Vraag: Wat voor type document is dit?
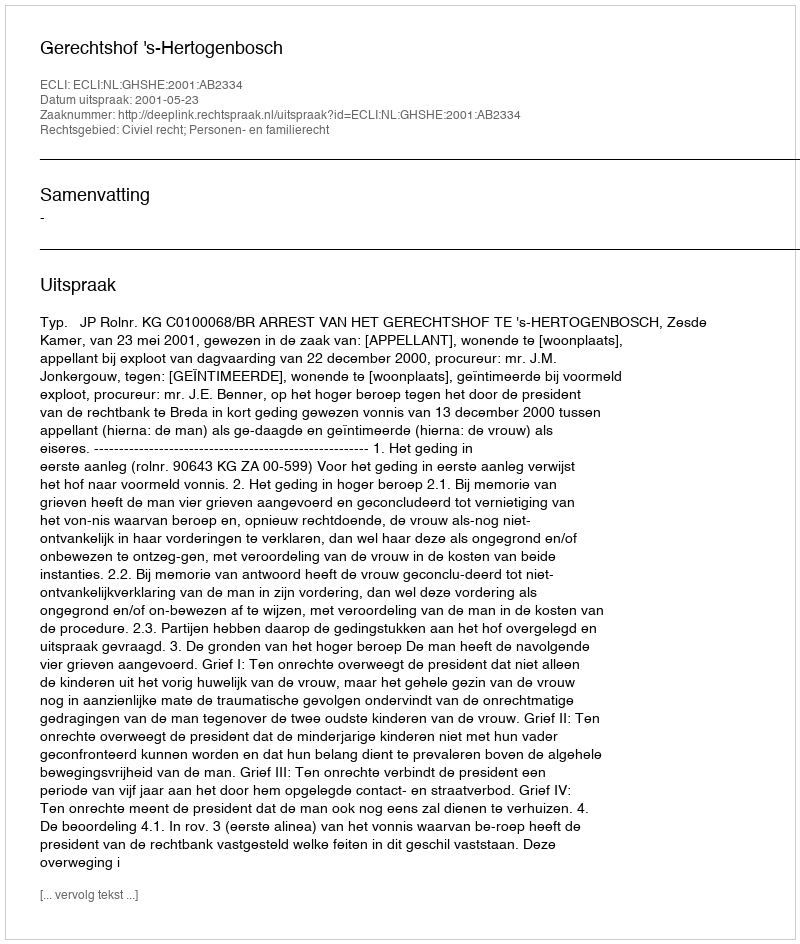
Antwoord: Uitspraak